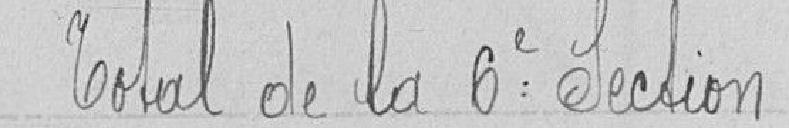
Total de la 6e section